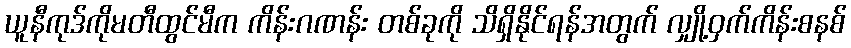
ယူနီကုဒ်ကိုမတီထွင်မီက ကိန်းဂဏန်း တစ်ခုကို သိရှိနိုင်ရန်အတွက် လျှို့ဝှက်ကိန်းစနစ်